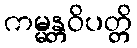
ကမ္မန္တဝိပတ္တိ